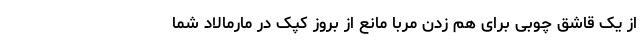
از یک قاشق چوبی برای هم زدن مربا مانع از بروز کپک در مارمالاد شما